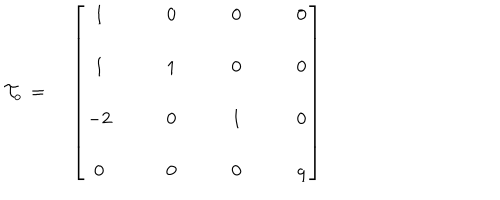
{ \cal T } _ { o } \, = \, \quad \left[ \begin{array} { c c c c } { { 1 } } & { { \qquad 0 } } & { { \qquad 0 } } & { { \qquad 0 } } \\ { { } } & { { } } & { { } } & { { } } \\ { { 1 } } & { { \qquad 1 } } & { { \qquad 0 } } & { { \qquad 0 } } \\ { { } } & { { } } & { { } } & { { } } \\ { { - 2 } } & { { \qquad 0 } } & { { \qquad 1 } } & { { \qquad 0 } } \\ { { } } & { { } } & { { } } & { { } } \\ { { 0 } } & { { \qquad 0 } } & { { \qquad 0 } } & { { \qquad q } } \\ \end{array} \right] \hphantom { x x x x x x x x x x x x x x x x x x }